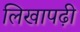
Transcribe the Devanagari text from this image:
लिखापढ़ी